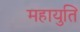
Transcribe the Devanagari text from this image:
महायुति